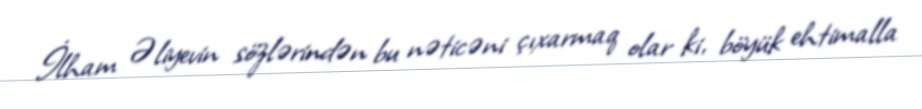
İlham Əliyevin sözlərindən bu nəticəni çıxarmaq olar ki, böyük ehtimalla